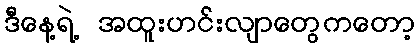
ဒီနေ့ရဲ့ အထူးဟင်းလျာတွေကတော့